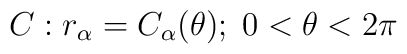
C : r_{\alpha} = C_{\alpha}(\theta)\\;\; 0< \theta< 2\pi